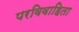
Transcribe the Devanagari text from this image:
परविवाहिता